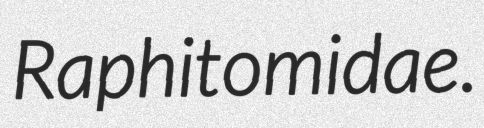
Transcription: Raphitomidae.